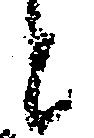
と